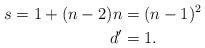
LaTeX: \begin{align*} s = 1 + (n - 2) n &= (n - 1)^2 \\ d' &= 1.\end{align*}